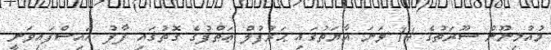
މުއުމިނޫން ސޫރަތުގެ 14 ވަނަ އާޔަތުގައި ޙަރުފުލް ޢަޠްފުގެ ގޮތުގައި ފާފު އައިސްފައިވަނީ